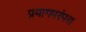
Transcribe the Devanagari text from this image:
प्रयागपरंपरा